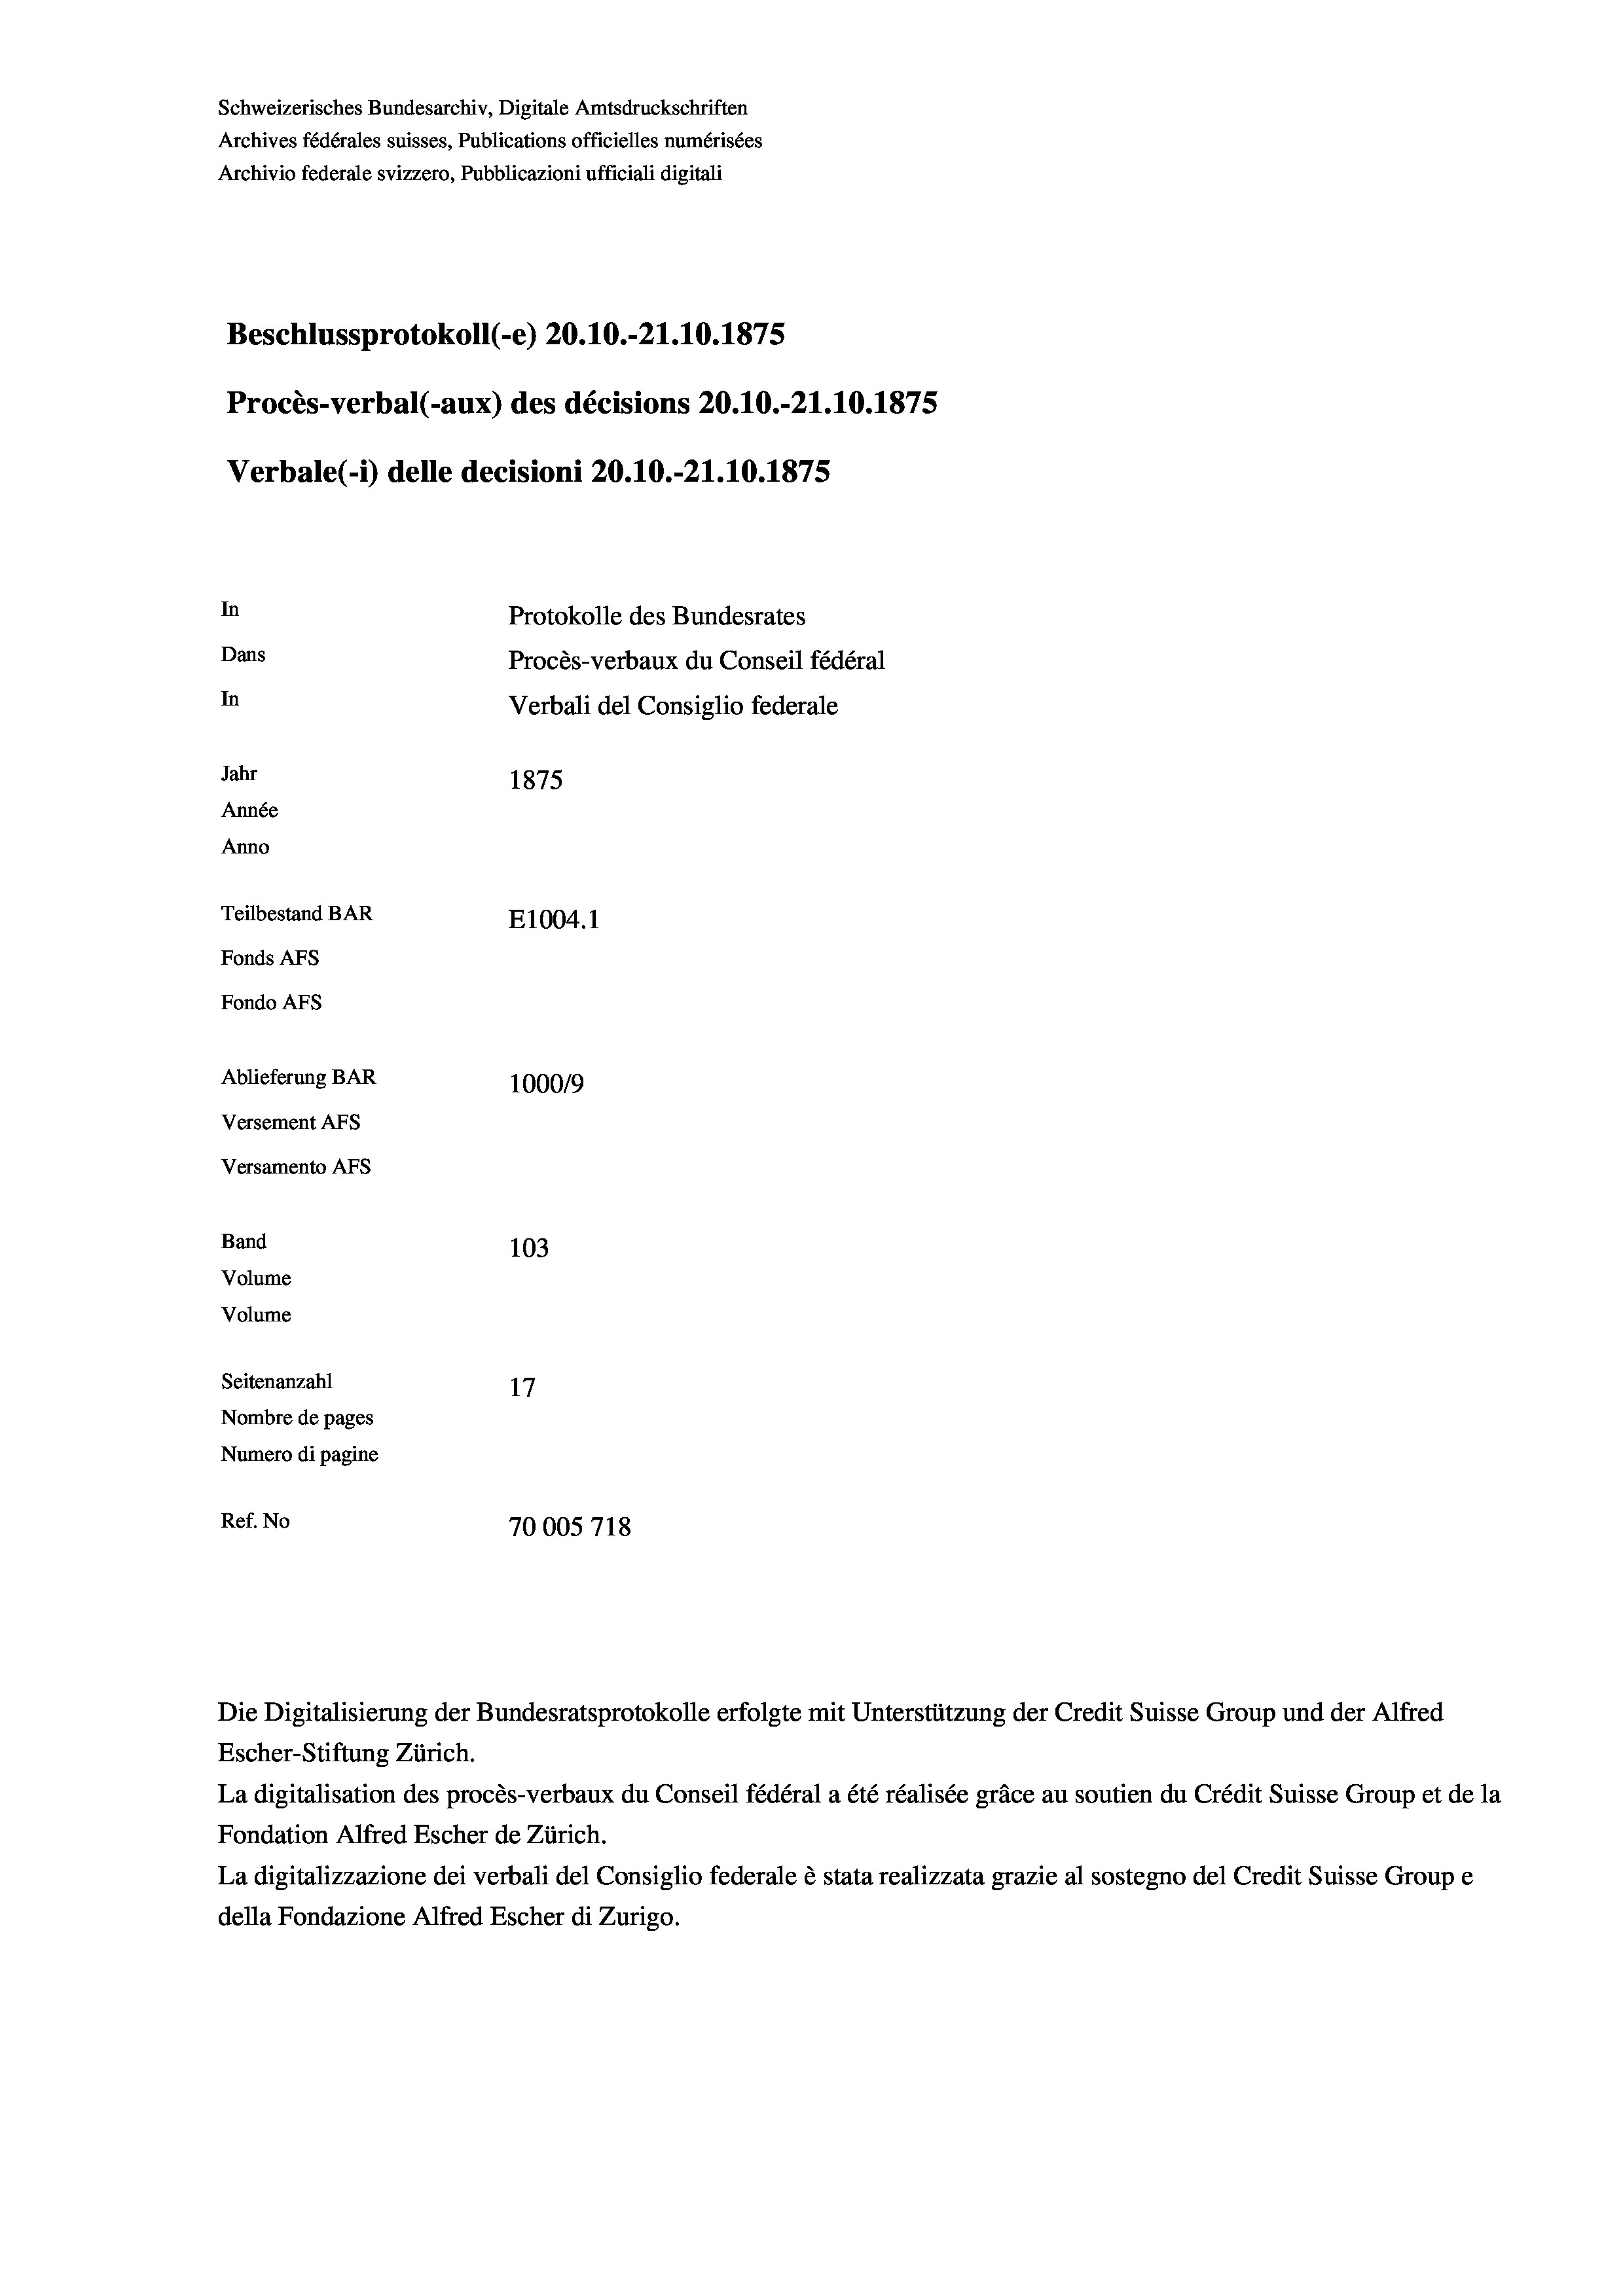
Schweizerisches Bundesarchiv, Digitale Amtsdruckschriften
Archives fédérales suisses, Publications officielles numérisées
Archivio federale svizzero, Pubblicazioni ufficiali digitali
Beschlussprotokoll (-e) 20.10.-21.10.1875
Procès-verbal (-aux) des décisions 20.10.-21.10.1875
Verbale(*) delle decisioni 20.10.-21.10.1875
In
Protokolle des Bundesrates
Dans
Procès-verbaux du Conseil fédéral
In
Verbali del Consiglio federale
Jahr
1875
Année
Anno
Teilbestand BAR
E1004.1
Fonds AFs
Fondo AFs
Ablieferung BAR
100019
Versement AFs
Versamento AFs
Band
103
Volume
Volume

Seitenanzahl
17
Nombre de pages
Numero di pagine
Ref. No
70005718

Escher-Stiftung Zürich.
La digitalisation des procès-verbaux du Conseil fédéral a été réalisée gräce au soutien du Crédit Suisse Group et de la
Fondation Alfred Escher de Zürich.
La digitalizzazione dei verbali del Consiglio federale è stata realizzata grazie al sostegno del Credit Suisse Groupe
della Fondazione Alfred Escher di Zurigo.

Die Digitalisierung der Bundesratsprotokolle erfolgte mit Unterstützung der Credit Suisse Group und der Alfred